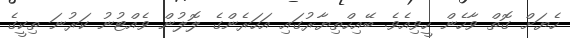
ހެޔަށް ގޮތް ވާހެން ހީވިއެވެ. ބޭއިހްތިޔާރުގައި އަހަރެންގެ ލޮލުން ވެއްޓުނު ކަރުނަ ތިކީގެ